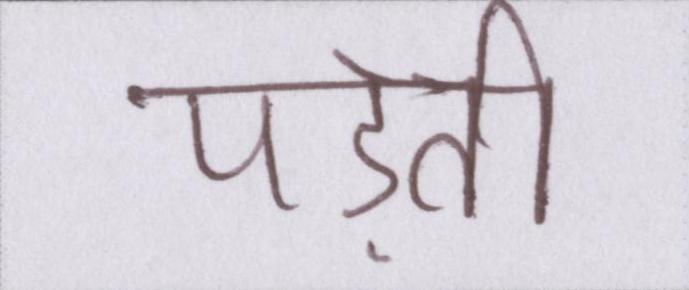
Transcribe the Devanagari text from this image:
पड़ती